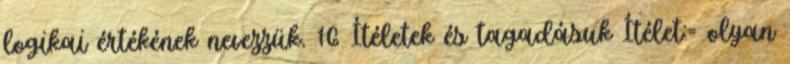
logikai értékének nevezzük. 16 Ítéletek és tagadásuk Ítélet:= olyan